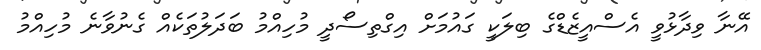
އޭނާ ވިދާޅުވީ އެސްއީޒެޑްގެ ބިލަކީ ގައުމަށް އިގްތިސޯދީ މުހިއްމު ބަދަލުތަކެއް ގެނުވާނެ މުހިއްމު